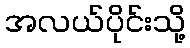
အလယ်ပိုင်းသို့